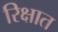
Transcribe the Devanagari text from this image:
रिक्षात